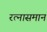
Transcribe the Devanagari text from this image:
रत्नासमान